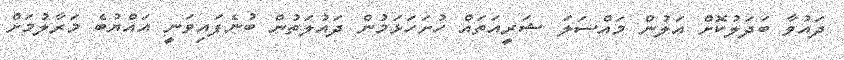
ދައުވާ ބަދަލުކޮށް އަލުން މައްސަލަ ޝަރީއަތައް ހުށަހަޅަމުން ދައުލަތުން ބުނެފައިވަނީ އައްޔުބެ މަރާލުމަށް